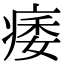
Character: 痿